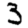
Digit: 3